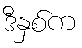
ဒီနှစ်က